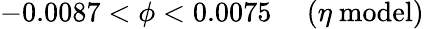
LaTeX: -0.0087<\phi<0.0075\ \ \ \ \ (\eta\ \mathrm{model})